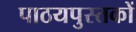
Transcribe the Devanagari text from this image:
पाठयपुस्तकों